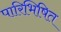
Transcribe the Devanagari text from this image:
पारिभिषित